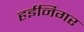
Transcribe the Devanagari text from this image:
हईनिगर